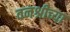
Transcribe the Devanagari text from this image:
वनश्रीच्या